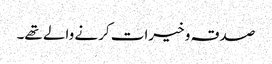
صدقہ و خیرات کرنے والے تھے۔